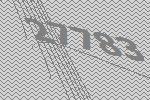
27783